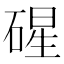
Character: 䃏